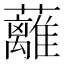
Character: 蘺